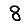
Digit: 8